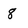
Character: 8